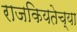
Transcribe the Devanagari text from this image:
राजकियतेच्या